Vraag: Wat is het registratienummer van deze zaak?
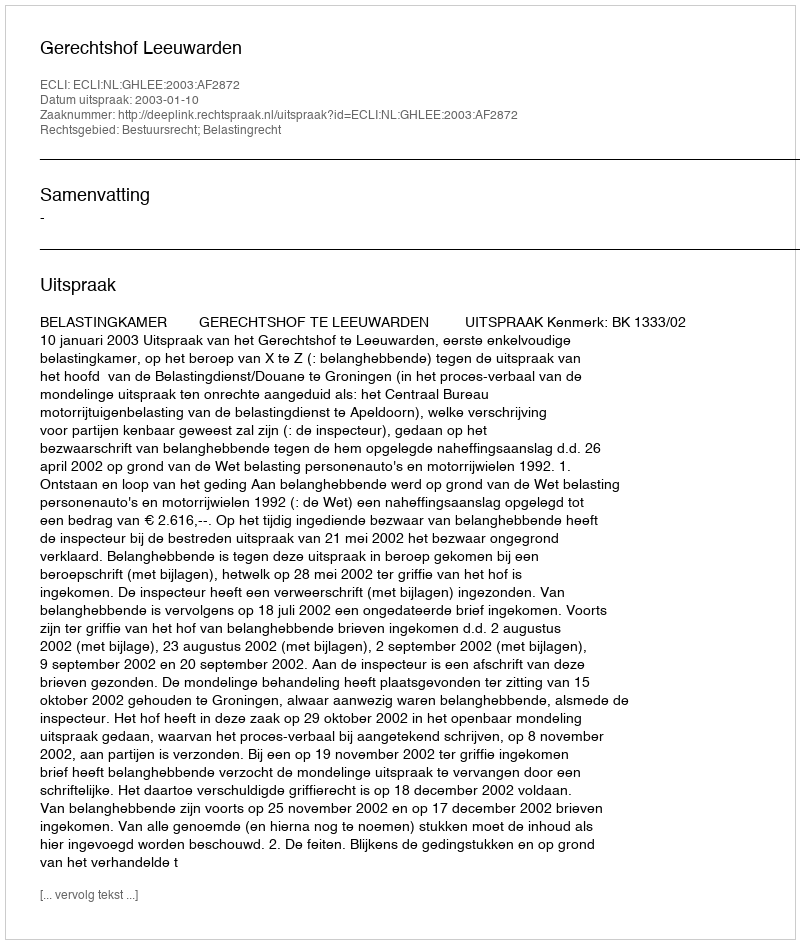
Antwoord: http://deeplink.rechtspraak.nl/uitspraak?id=ECLI:NL:GHLEE:2003:AF2872